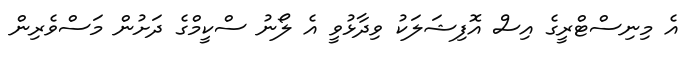
އެ މިނިސްޓްރީގެ އިސް އޮފިޝަލަކު ވިދާޅުވީ އެ ލޯނު ސްކީމްގެ ދަށުން މަސްވެރިން